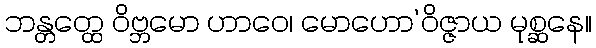
ဘန္တတ္ထေ ဝိဗ္ဘမော ဟာဝေ၊ မောဟော’ဝိဇ္ဇာယ မုစ္ဆနေ။